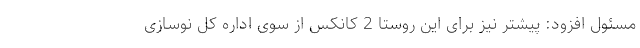
مسئول افزود: پیشتر نیز برای این روستا 2 کانکس از سوی اداره کل نوسازی